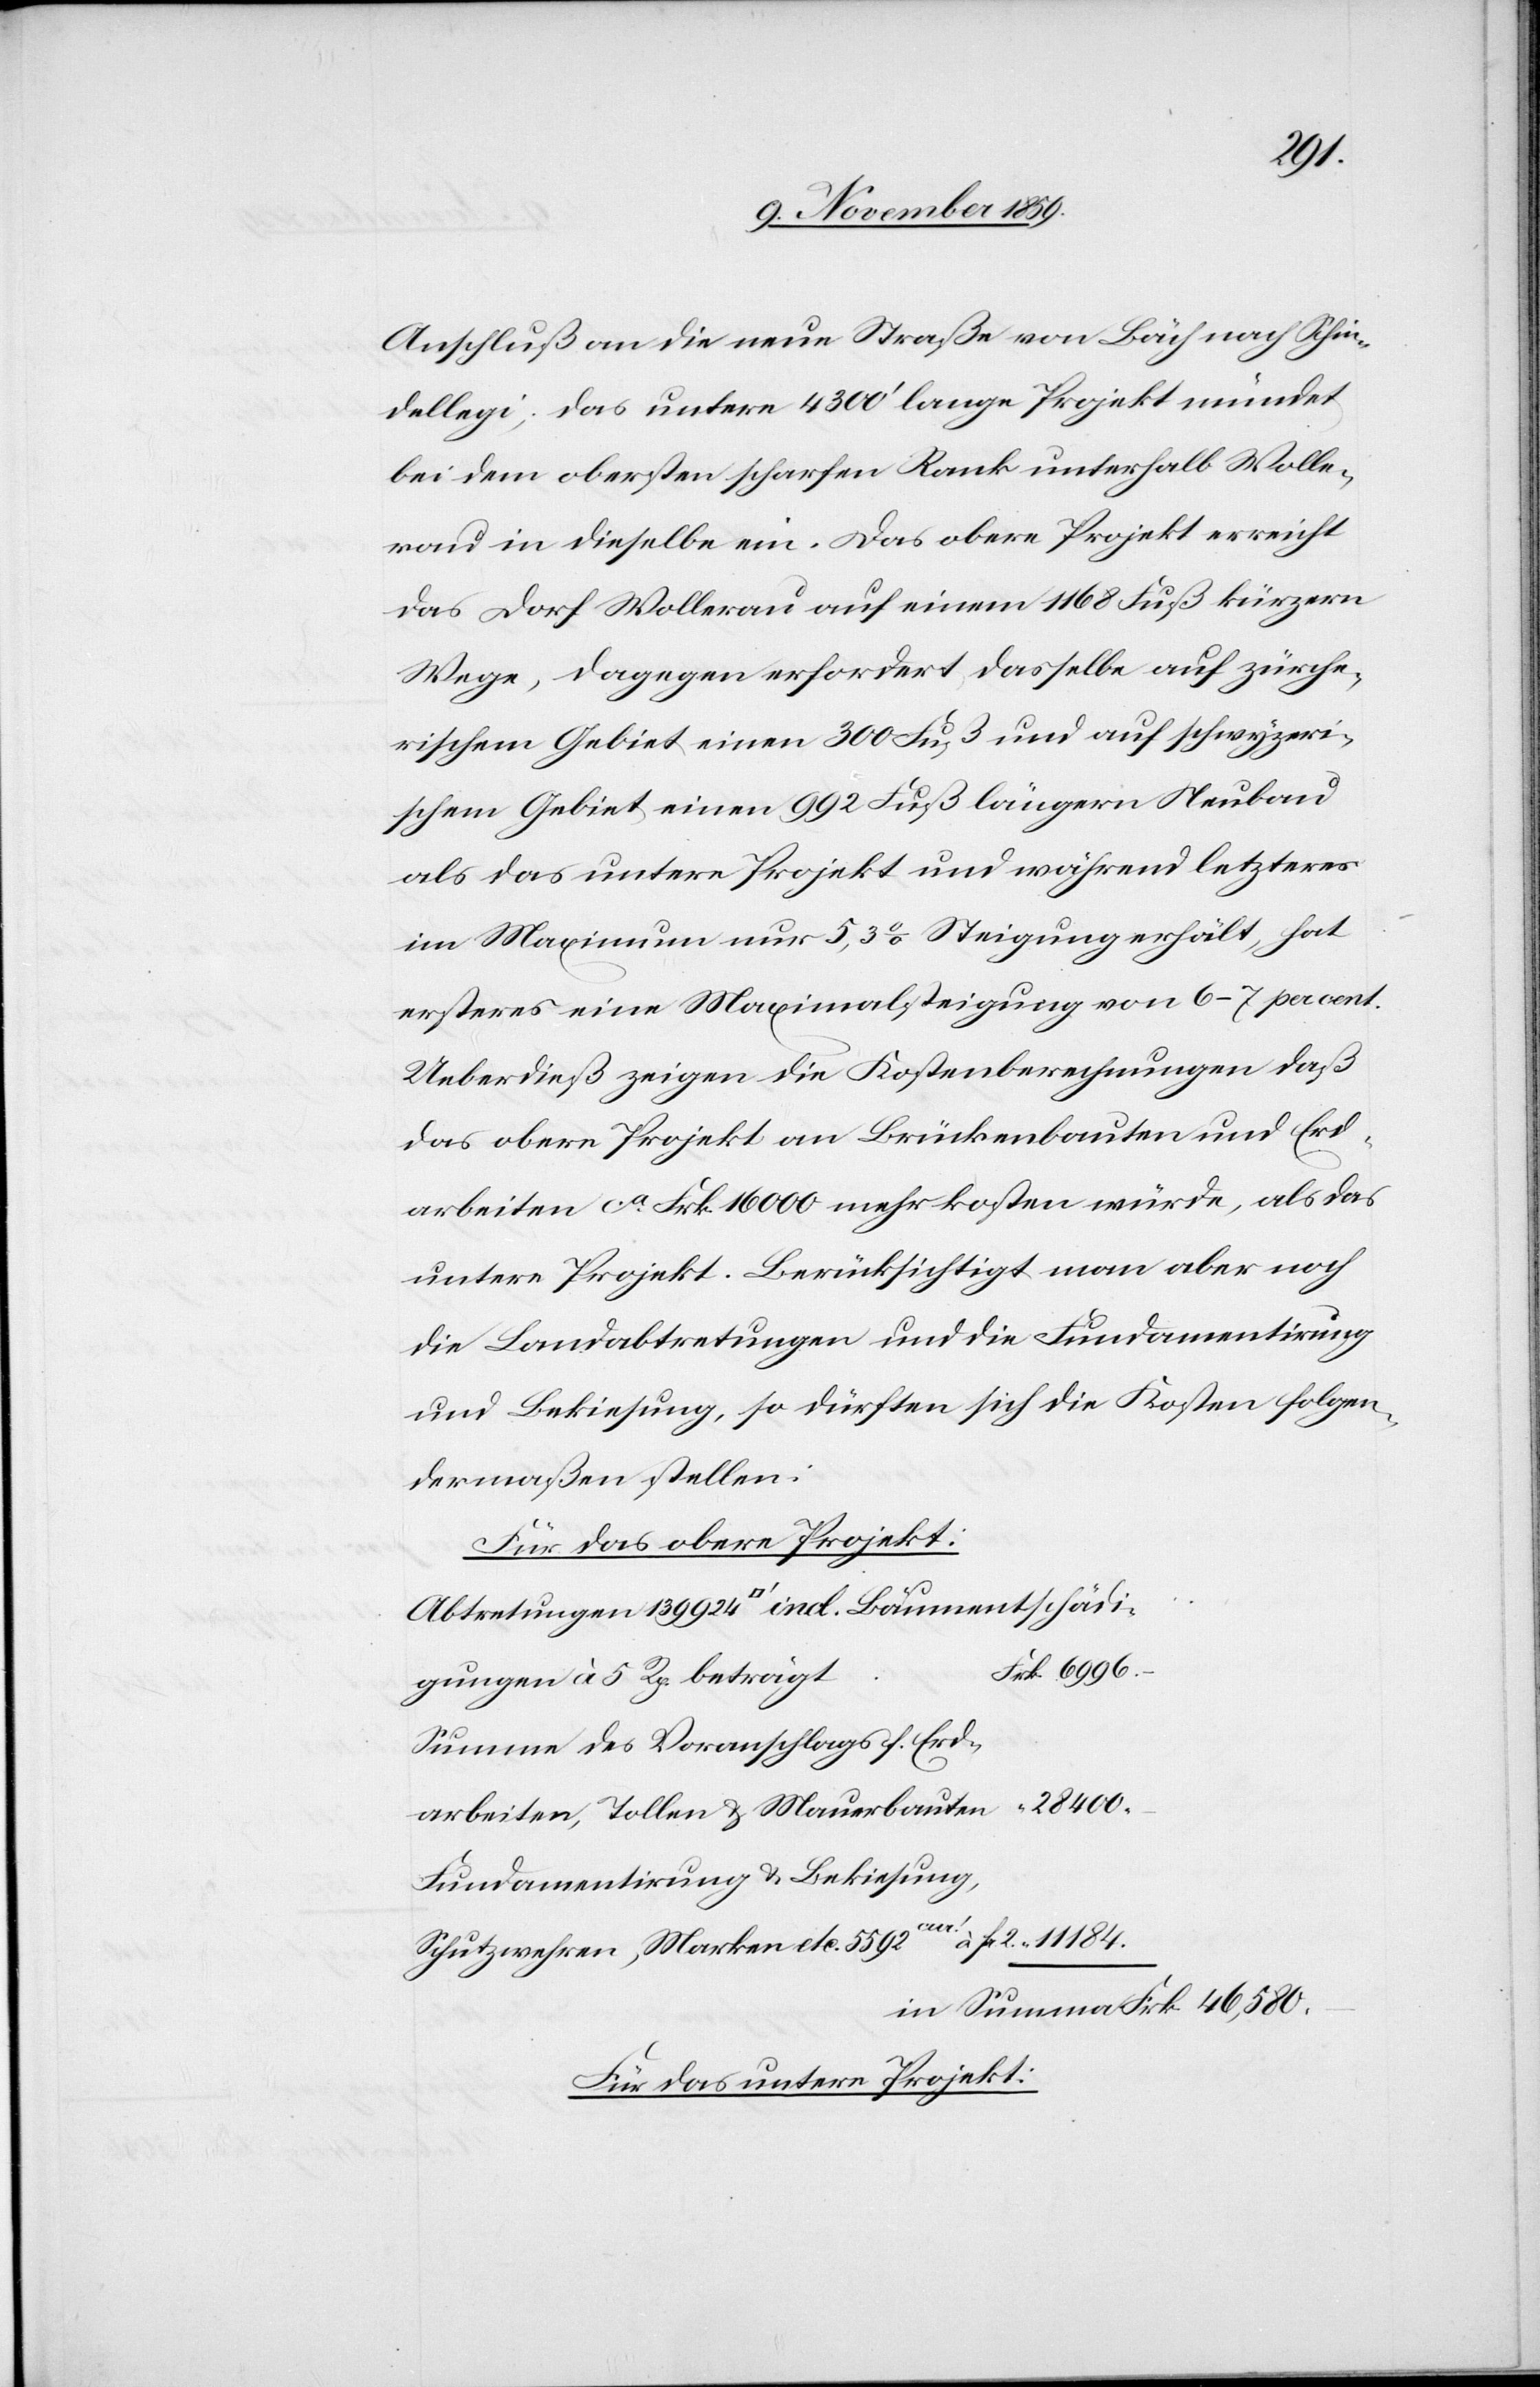
Anschluß an die neue Straße von Bäch nach Schin¬
dellegi; das untere 4300’ lange Projekt mündet
bei dem obersten scharfen Rank unterhalb Wolle¬
rau in dieselbe ein. Das obere Projekt erreicht
das Dorf Wollerau auf einem 1168 Fuß kürzern
Wege, dagegen erfordert dasselbe auf zürche¬
rischem Gebiete einen 300 Fuß und auf schwyzeri¬
schem Gebiete einen 992 Fuß längern Neubau
als das untere Projekt und während letzteres
im Maximum nur 5,3% Steigung erhält, hat
ersteres eine Maximalsteigung von 6–7 per cent.
Ueberdieß zeigen die Kostenberechnungen daß
das obere Projekt an Brückenbauten und Erd¬
arbeiten ca. Frk. 16,000 mehr kosten würde, als das
untere Projekt. Berücksichtigt man aber noch
die Landabtretungen und die Fundamentirung
und Bekiesung, so dürften sich die Kosten folgen¬
dermaßen stellen:
Für das obere Projekt:
Abtretungen 139924 [Quadratfuss] ind. Baumentschädi¬
gungen à 5 Rp. beträgt
Summen des Voranschlags f. Erd¬
arbeiten, Tollen & Mauerbauten
Fundamentirung & Bekiesung,
Schutzwehren, Marken etc. 5592cur! à fr. 2.
in Summa Frk. 46,580.–
Für das untere Projekt: